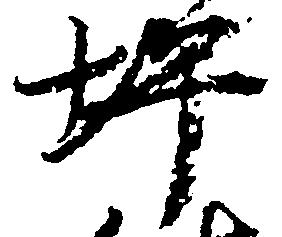
坪